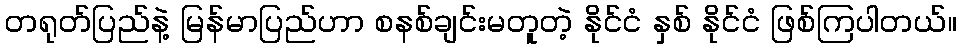
တရုတ်ပြည်နဲ့ မြန်မာပြည်ဟာ စနစ်ချင်းမတူတဲ့ နိုင်ငံ နှစ် နိုင်ငံ ဖြစ်ကြပါတယ်။